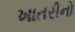
ખાતરીનો